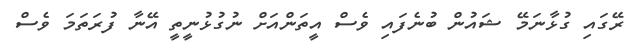
ރޭގައި ގުޅާނަމޭ ޝައުން ބުނެފައި ވެސް އީތަންއަށް ނުގުޅުނީތީ އޭނާ ފުރަތަމަ ވެސް